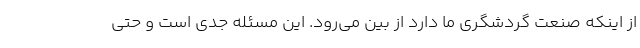
از اینکه صنعت گردشگری ما دارد از بین می‌رود. این مسئله جدی است و حتی